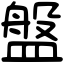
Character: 盤